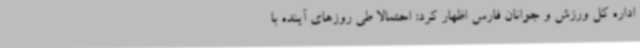
اداره کل ورزش و جوانان فارس اظهار کرد: احتمالا طی روزهای آینده با